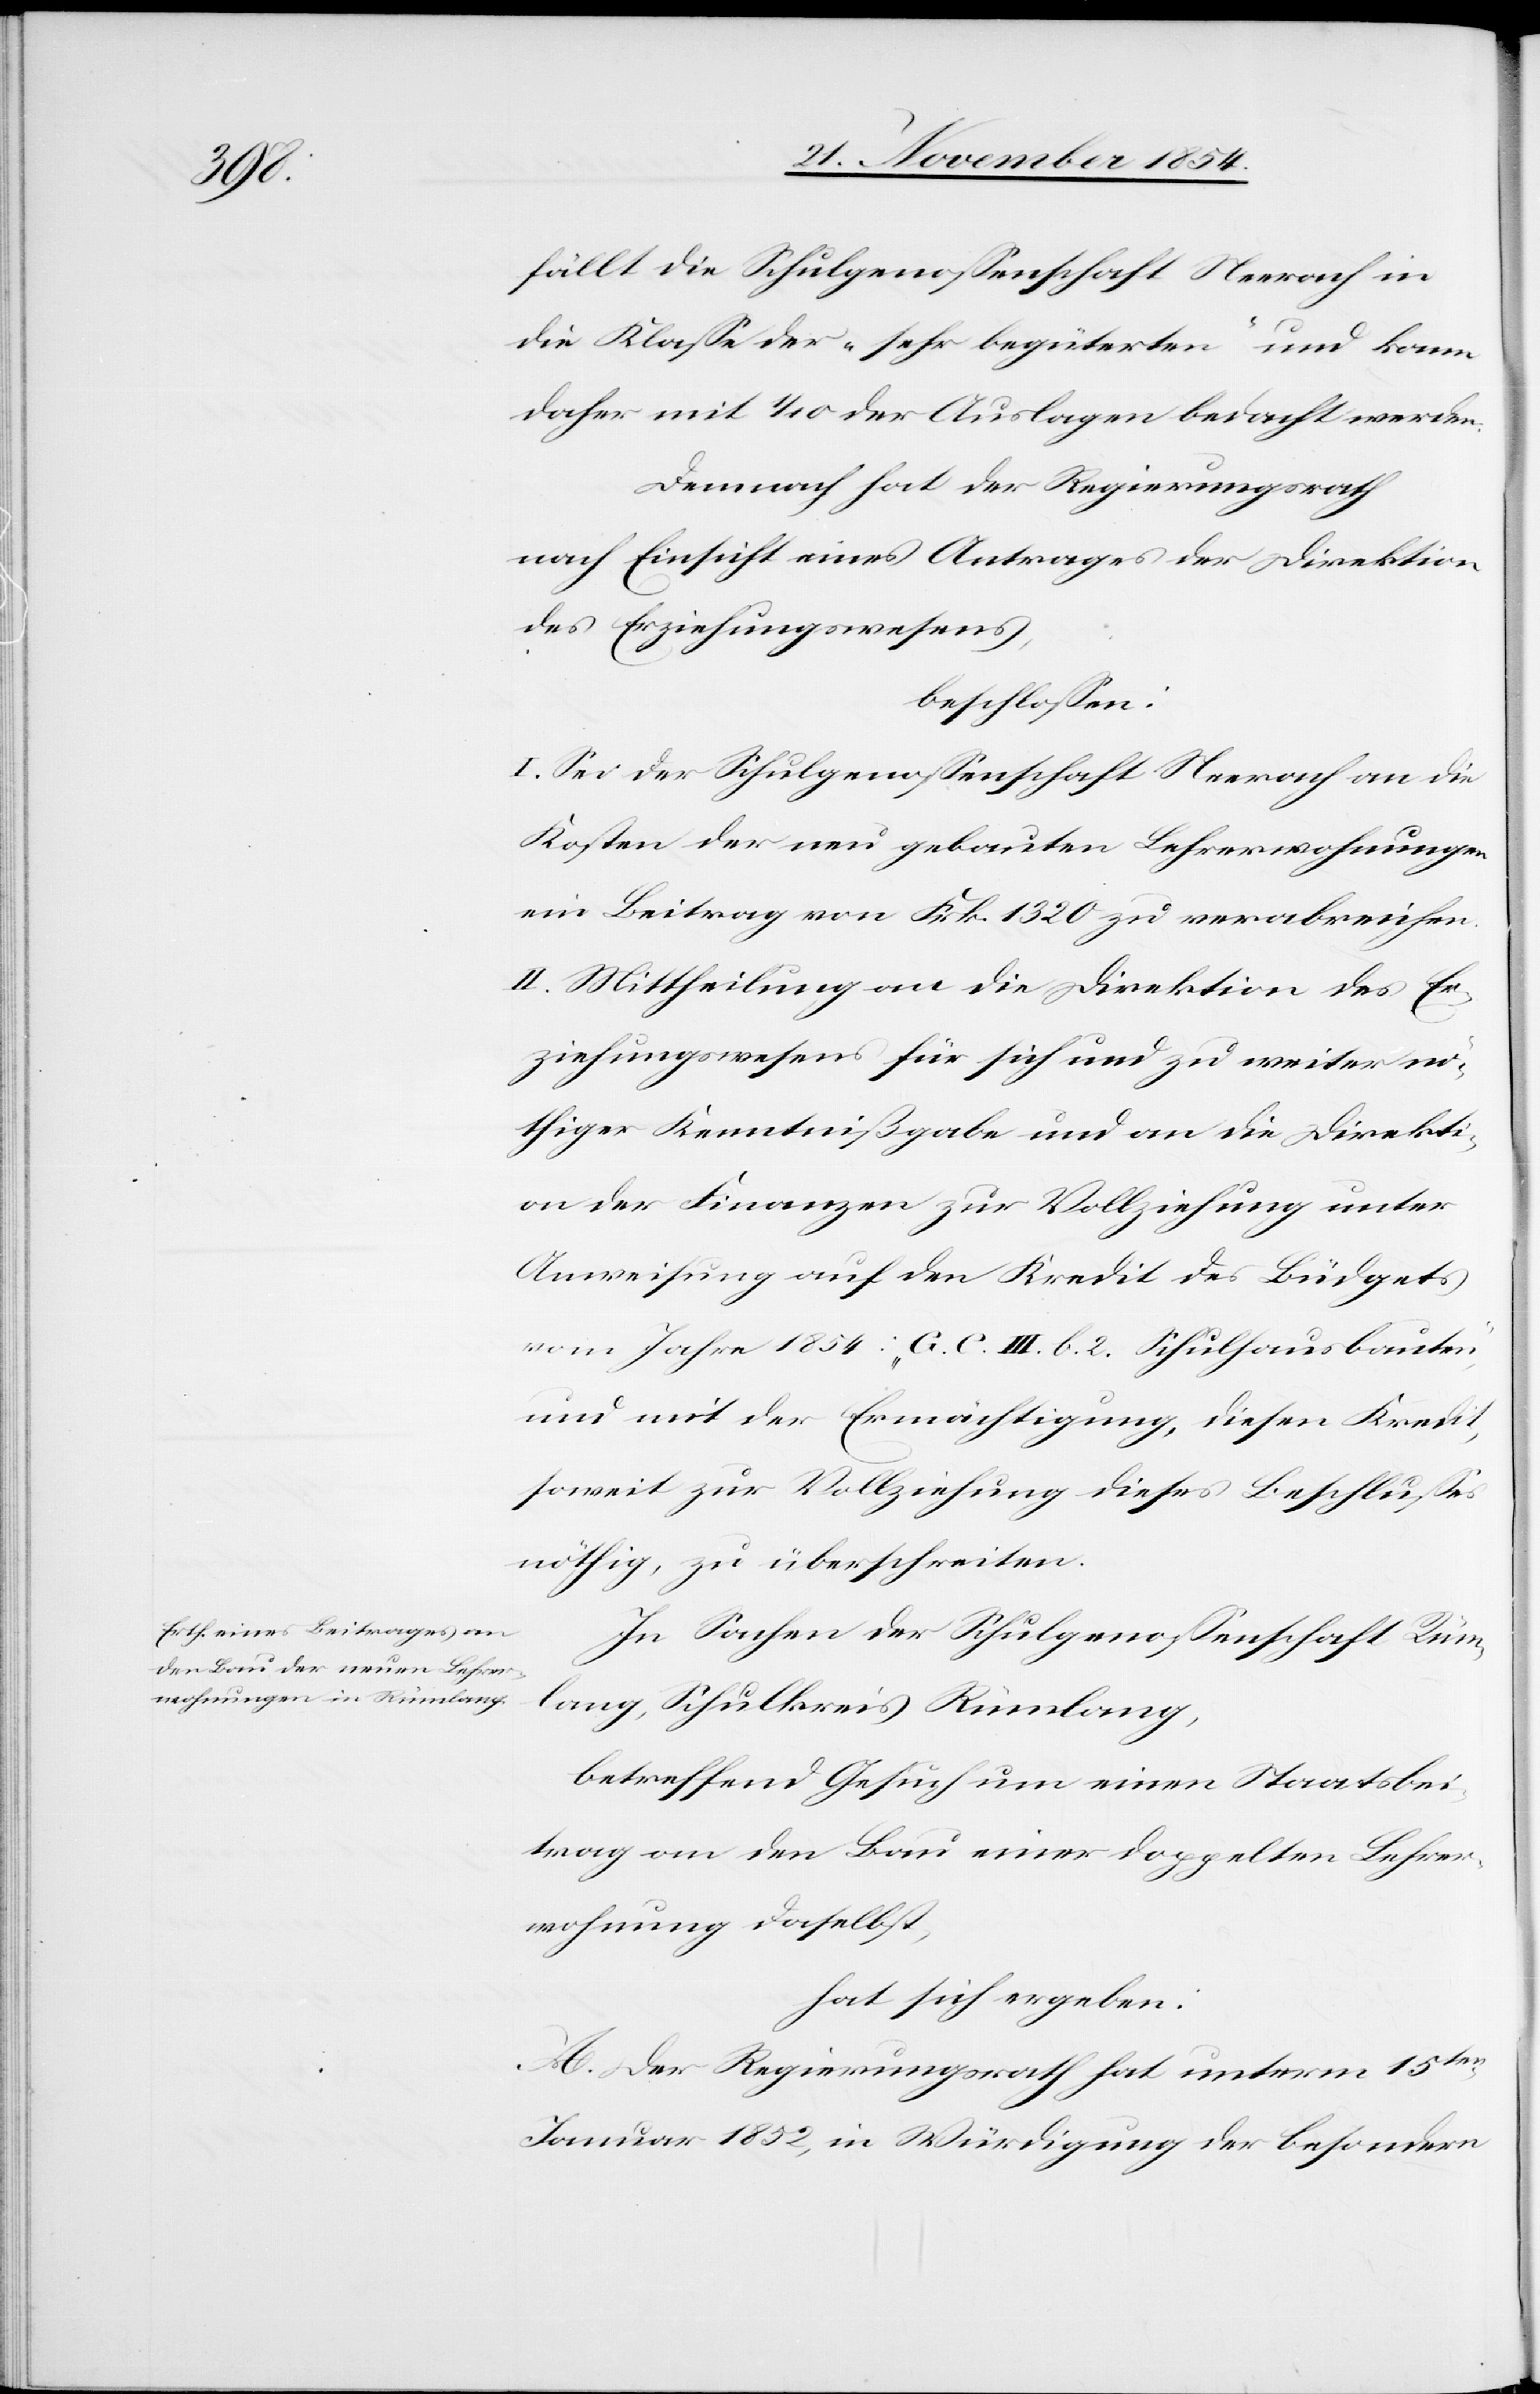
fällt die Schulgenoßenschaft Neerach in
die Klaße der „sehr begüterten“ und kann
daher mit 1/10 der Auslagen bedacht werden.
Demnach hat der Regierungsrath
nach Einsicht eines Antrages der Direktion
des Erziehungswesens,
beschloßen:
I. Sei der Schulgenoßenschaft Neerach an die
Kosten der neu gebauten Lehrerwohnungen
ein Beitrag von Frk. 1320 zu verabreichen.
II. Mittheilung an die Direktion des Er¬
ziehungswesens für sich und zu weiter nö¬
thiger Kenntnißgabe und an die Direkti¬
on der Finanzen zur Vollziehung unter
Anweisung auf den Kredit des Büdgets
vom Jahr 1854: „G. C. III. b. 2. Schulhausbauten“,
und mit der Ermächtigung, diesen Kredit,
soweit zur Vollziehung dieses Beschlußes
nöthig, zu überschreiten.
In Sachen der Schulgenoßenschaft Rüm¬
lang, Schulkreis Rümlang,
betreffend Gesuch um einen Staatsbei¬
trag an den Bau einer doppelten Lehrer¬
wohnung daselbst,
hat sich ergeben:
A. Der Regierungsrath hat unterm 15ten
Januar 1852, in Würdigung der besondern